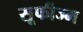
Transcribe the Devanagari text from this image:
सूफीज्म